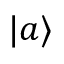
| a \rangle